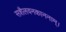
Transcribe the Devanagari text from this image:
सशैलवनकाननाम्।